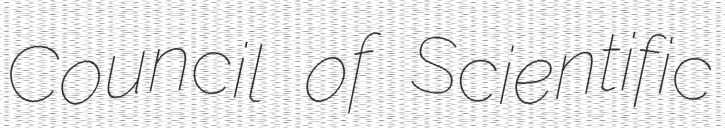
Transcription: Council of Scientific